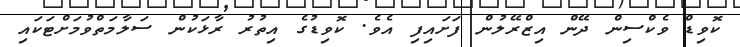
ކޮވިޑް ވެކްސިން ދޭން އިޒްރޭލުން ފަށައިފި އެވެ. ކޮވިޑުގެ އިތުރު ރާޅަކުން ސަލާމަތްވުމަށްޓަކައި